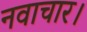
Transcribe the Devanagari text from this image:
नवाचार।